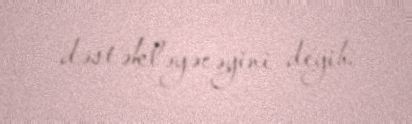
dəstəkləyəcəyini deyib.